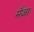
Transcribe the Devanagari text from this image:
मँजा